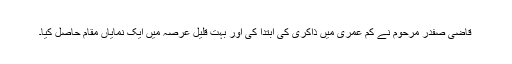
قاضی صفدر مرحوم نے کم عمری میں ذاکری کی ابتدا کی اور بہت قلیل عرصہ میں ایک نمایاں مقام حاصل کیا۔